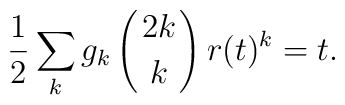
\frac12 \sum_{k} g_k \left({2k \atop k}\right) r(t)^{k} =t.